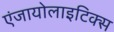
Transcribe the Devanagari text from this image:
एंजायोलाइटिक्स